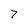
Character: 7